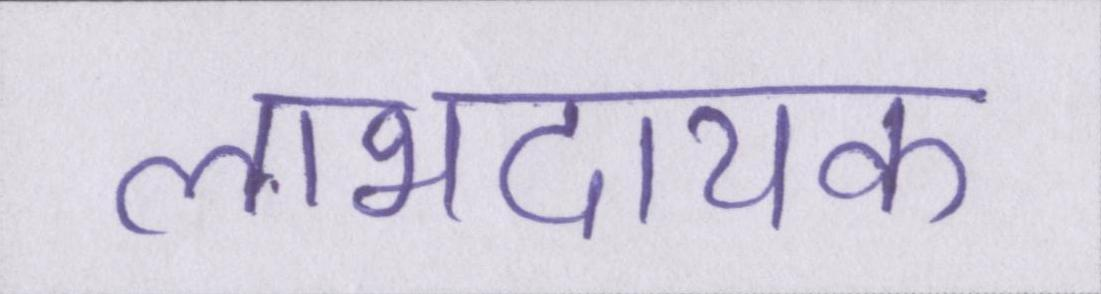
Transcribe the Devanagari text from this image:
लाभदायक